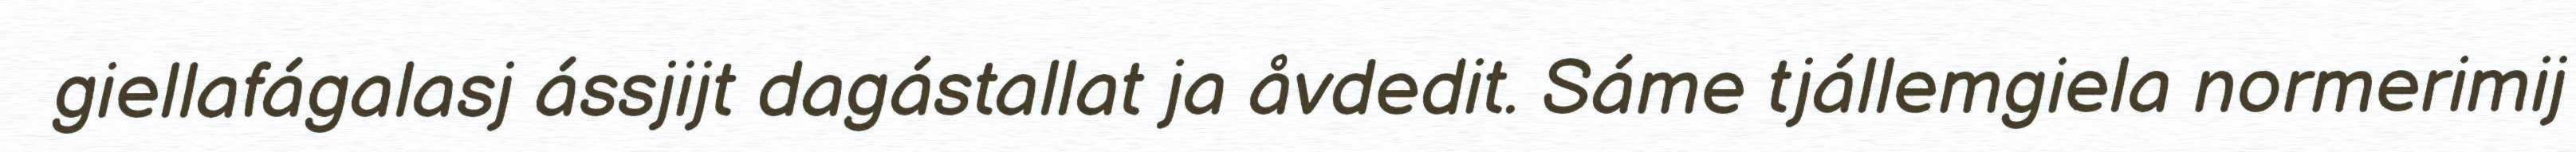
giellafágalasj ássjijt dagástallat ja åvdedit. Sáme tjállemgiela normerimij